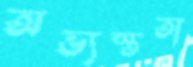
অভ্যস্ততা